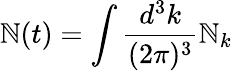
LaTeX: \mathbb{N}(t)=\int\frac{{d^{3}k}}{{(2\pi)^{3}}}\mathbb{N}_{k}